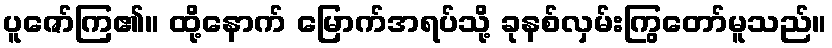
ပူဇော်ကြ၏။ ထို့နောက် မြောက်အရပ်သို့ ခုနစ်လှမ်းကြွတော်မူသည်။